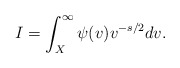
\begin{align*}I=\int_{X}^{\infty}\psi(v)v^{-s/2}dv.\end{align*}